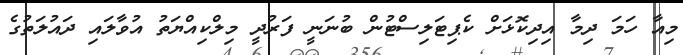
މިއާ ހަމަ ދިމާ އިދިކޮޅަށް ކެޕިޓަލިސްޓުން ބުނަނީ ފަރުދީ މިލްކިއްޔަތު އުވާލައި ދައުލަތުގެ